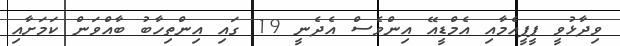
ވިދާޅުވީ ޕީޕީއެމާއި އެމްޑީއޭ އިންވެސް އެދެނީ 19 ގައި އިންތިހާބު ބާއްވަން ކަމަށާއި